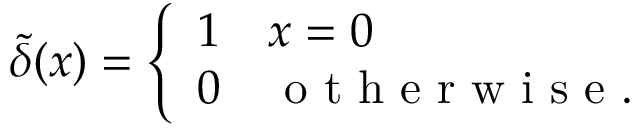
\tilde { \delta } ( x ) = \left\{ \begin{array} { l l } { 1 } & { x = 0 } \\ { 0 } & { \mathrm { ~ o ~ t ~ h ~ e ~ r ~ w ~ i ~ s ~ e ~ } . } \end{array} \right.